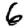
Digit: 6